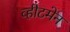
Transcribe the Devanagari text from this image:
व्हीटमेन